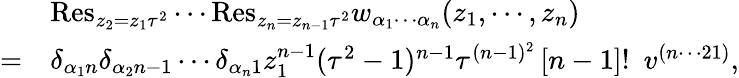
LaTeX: \begin{array}{cl}{{}}&{{\mathrm{Res}_{z_{2}=z_{1}\tau^{2}}\cdots\mathrm{Res}_{z_{n}=z_{n-1}\tau^{2}}w_{\alpha_{1}\cdots\alpha_{n}}(z_{1},\cdots,z_{n})}}\\ {{=}}&{{\delta_{\alpha_{1}n}\delta_{\alpha_{2}n-1}\cdots\delta_{\alpha_{n}1}z_{1}^{n-1}(\tau^{2}-1)^{n-1}\tau^{(n-1)^{2}}\left[n-1\right]!~~v^{(n\cdots 21)},}}\end{array}